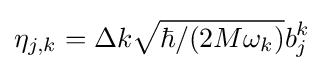
\eta _{j,k}=\Delta k{\sqrt {\hbar /(2M\omega _{k})}}b_{j}^{k}